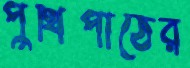
পুঁথিপাঠের